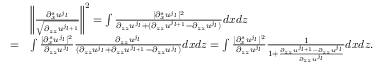
\begin{array} { r l } & { \left\| \frac { \partial _ { x } ^ { s } u ^ { j _ { l } } } { \sqrt { \partial _ { z z } u ^ { j _ { l + 1 } } } } \right\| ^ { 2 } = \int \frac { | \partial _ { x } ^ { s } u ^ { j _ { l } } | ^ { 2 } } { \partial _ { z z } u ^ { j _ { l } } + ( \partial _ { z z } u ^ { j _ { l + 1 } } - \partial _ { z z } u ^ { j _ { l } } ) } d x d z } \\ { = } & { \int \frac { | \partial _ { x } ^ { s } u ^ { j _ { l } } | ^ { 2 } } { \partial _ { z z } u ^ { j _ { l } } } \frac { \partial _ { z z } u ^ { j _ { l } } } { ( \partial _ { z z } u ^ { j _ { l } } + \partial _ { z z } u ^ { j _ { l + 1 } } - \partial _ { z z } u ^ { j _ { l } } ) } d x d z = \int \frac { | \partial _ { x } ^ { s } u ^ { j _ { l } } | ^ { 2 } } { \partial _ { z z } u ^ { j _ { l } } } \frac { 1 } { 1 + \frac { \partial _ { z z } u ^ { j _ { l + 1 } } - \partial _ { z z } u ^ { j _ { l } } } { \partial _ { z z } u ^ { j _ { l } } } } d x d z . } \end{array}